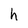
Character: h